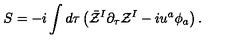
S = - i \int d \tau \left( \bar { \cal Z } ^ { I } \partial _ { \tau } { \cal Z } ^ { I } - i u ^ { a } \phi _ { a } \right) .